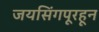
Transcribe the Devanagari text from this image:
जयसिंगपूरहून